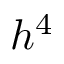
h ^ { 4 }